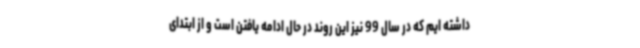
داشته ایم که در سال 99 نیز این روند در حال ادامه یافتن است و از ابتدای